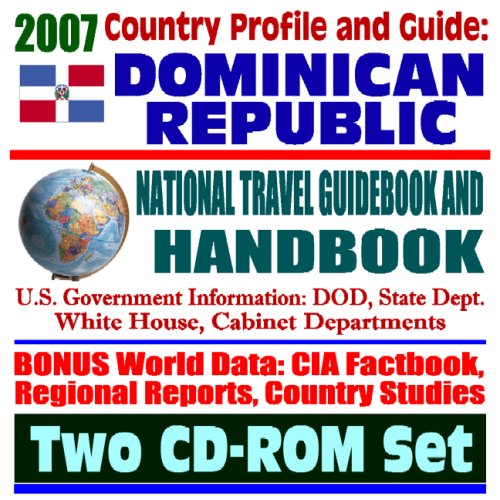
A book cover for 2007 Country Profile and Guide to Dominican Republic - National Travel Guidebook and Handbook - Doing Business, USAID, Energy, Agriculture, Trujillo, CAFTA (Two CD-ROM Set); U.S. Government; Travel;